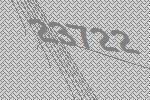
23722